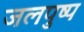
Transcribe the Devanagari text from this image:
जलपुष्प